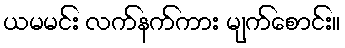
ယမမင်း လက်နက်ကား မျက်စောင်း။